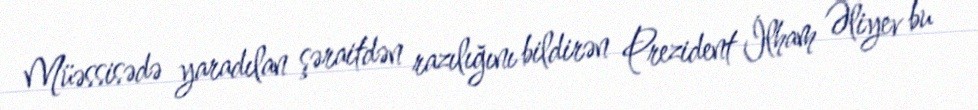
Müəssisədə yaradılan şəraitdən razılığını bildirən Prezident İlham Əliyev bu